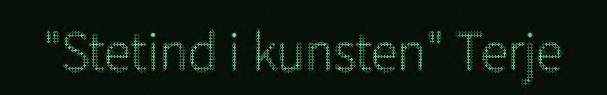
"Stetind i kunsten" Terje